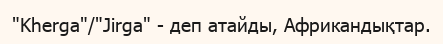
"Kherga"/"Jirga" - деп атайды, Африкандықтар.